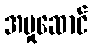
အမှုဆောင်